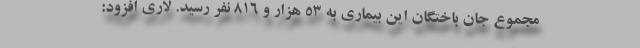
مجموع جان باختگان این بیماری به ۵۳ هزار و ۸۱۶ نفر رسید. لاری افزود: